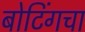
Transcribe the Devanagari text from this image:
बोटिंगचा